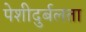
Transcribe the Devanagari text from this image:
पेशीदुर्बलता